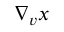
\nabla _ { v } \boldsymbol { x }